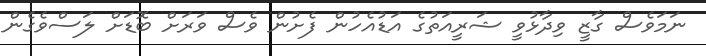
ނަމަވެސް ގާޒީ ވިދާޅުވީ ޝަރީއަތުގެ އަޑުއެހުން ފެށުން ވެސް ވަރަށް ބޮޑަށް ލަސްވެގެން